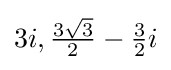
3i,{\tfrac {3{\sqrt {3}}}{2}}-{\tfrac {3}{2}}i